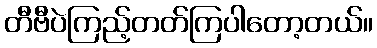
တီဗီပဲကြည့်တတ်ကြပါတော့တယ်။